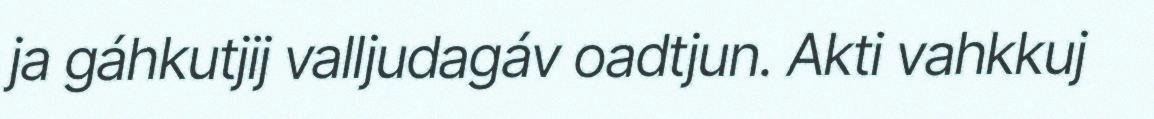
ja gáhkutjij valljudagáv oadtjun. Akti vahkkuj